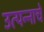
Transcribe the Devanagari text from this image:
उत्‍पन्‍नाचे